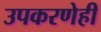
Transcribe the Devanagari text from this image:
उपकरणेही